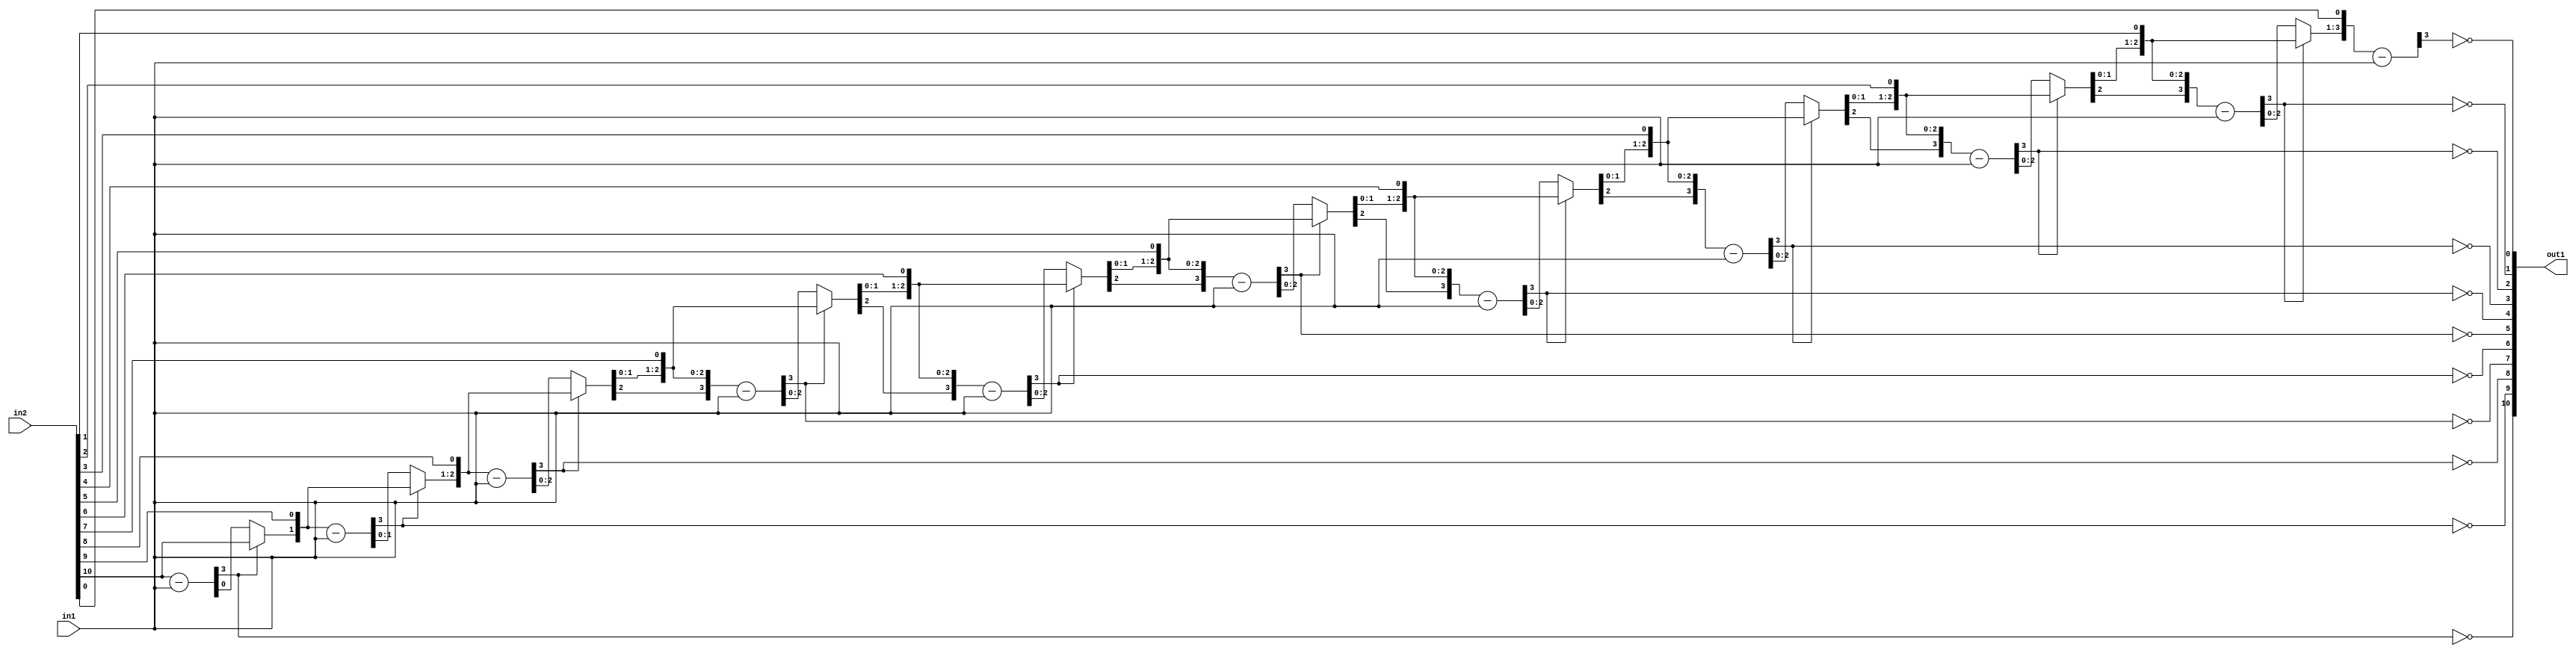
`timescale 1ps / 1ps
/*****************************************************************************
    Verilog RTL Description
    
    
    Created by: Stratus DpOpt 21.05.01 
*******************************************************************************/

module Filter_Div_11Ux3U_11U_4 (
	in2,
	in1,
	out1
	); /* architecture "behavioural" */ 
input [10:0] in2;
input [2:0] in1;
output [10:0] out1;
wire [10:0] asc001_0;
wire [3:0] in2_1;
wire [0:0] in2_2;
wire [3:0] in2_4;
wire [1:0] in2_5;
wire [3:0] in2_7;
wire [2:0] in2_8;
wire [3:0] in2_10,
	in2_11,
	in2_13;
wire [4:0] in2_14;
wire [3:0] in2_16;
wire [5:0] in2_17;
wire [3:0] in2_19;
wire [6:0] in2_20;
wire [3:0] in2_22;
wire [7:0] in2_23;
wire [3:0] in2_25;
wire [8:0] in2_26;
wire [3:0] in2_28;
wire [9:0] in2_29;
wire [10:0] in2_30;
wire [3:0] in2_31;
wire [1:0] in2_3_0,
	in2_3_1;
wire [2:0] in2_6_0,
	in2_6_1;
wire [3:0] in2_9_0,
	in2_9_1;
wire [4:0] in2_12_0,
	in2_12_1;
wire [5:0] in2_15_0,
	in2_15_1;
wire [6:0] in2_18_0,
	in2_18_1;
wire [7:0] in2_21_0,
	in2_21_1;
wire [8:0] in2_24_0,
	in2_24_1;
wire [9:0] in2_27_0,
	in2_27_1;

wire [3:0] in2_1_tmp_0;
assign in2_1_tmp_0 = 
	+(in2[10]);
assign in2_1 = in2_1_tmp_0
	-(in1);

assign asc001_0[10] = ~in2_1[3];

reg [0:0] in2_2_tmp_1;
assign in2_2 = in2_2_tmp_1;
always @ (in2_1[3] or in2_1[0] or in2[10]) begin
	case (in2_1[3])
		1'B0 : in2_2_tmp_1 = in2_1[0] ;
		default : in2_2_tmp_1 = in2[10] ;
	endcase
end

assign in2_3_0 = {in2_2,in2[9]};

assign in2_3_1 = {in2_2,in2[9]};

wire [3:0] in2_4_tmp_2;
assign in2_4_tmp_2 = 
	+(in2_3_1);
assign in2_4 = in2_4_tmp_2
	-(in1);

assign asc001_0[9] = ~in2_4[3];

reg [1:0] in2_5_tmp_3;
assign in2_5 = in2_5_tmp_3;
always @ (in2_4[3] or in2_4[1:0] or in2_3_0) begin
	case (in2_4[3])
		1'B0 : in2_5_tmp_3 = in2_4[1:0] ;
		default : in2_5_tmp_3 = in2_3_0 ;
	endcase
end

assign in2_6_0 = {in2_5,in2[8]};

assign in2_6_1 = {in2_5,in2[8]};

wire [3:0] in2_7_tmp_4;
assign in2_7_tmp_4 = 
	+(in2_6_1);
assign in2_7 = in2_7_tmp_4
	-(in1);

assign asc001_0[8] = ~in2_7[3];

reg [2:0] in2_8_tmp_5;
assign in2_8 = in2_8_tmp_5;
always @ (in2_7[3] or in2_7[2:0] or in2_6_0) begin
	case (in2_7[3])
		1'B0 : in2_8_tmp_5 = in2_7[2:0] ;
		default : in2_8_tmp_5 = in2_6_0 ;
	endcase
end

assign in2_9_0 = {in2_8,in2[7]};

assign in2_9_1 = {in2_8,in2[7]};

wire [3:0] in2_10_tmp_6;
assign in2_10_tmp_6 = 
	+(in2_9_1);
assign in2_10 = in2_10_tmp_6
	-(in1);

assign asc001_0[7] = ~in2_10[3];

reg [3:0] in2_11_tmp_7;
assign in2_11 = in2_11_tmp_7;
always @ (in2_10[3] or in2_10 or in2_9_0) begin
	case (in2_10[3])
		1'B0 : in2_11_tmp_7 = in2_10 ;
		default : in2_11_tmp_7 = in2_9_0 ;
	endcase
end

assign in2_12_0 = {in2_11,in2[6]};

assign in2_12_1 = {in2_11,in2[6]};

wire [3:0] in2_13_tmp_8;
assign in2_13_tmp_8 = 
	+(in2_12_1[3:0]);
assign in2_13 = in2_13_tmp_8
	-(in1);

assign asc001_0[6] = ~in2_13[3];

reg [4:0] in2_14_tmp_9;
assign in2_14 = in2_14_tmp_9;
always @ (in2_13[3] or in2_13 or in2_12_0) begin
	case (in2_13[3])
		1'B0 : in2_14_tmp_9 = in2_13 ;
		default : in2_14_tmp_9 = in2_12_0 ;
	endcase
end

assign in2_15_0 = {in2_14,in2[5]};

assign in2_15_1 = {in2_14,in2[5]};

wire [3:0] in2_16_tmp_10;
assign in2_16_tmp_10 = 
	+(in2_15_1[3:0]);
assign in2_16 = in2_16_tmp_10
	-(in1);

assign asc001_0[5] = ~in2_16[3];

reg [5:0] in2_17_tmp_11;
assign in2_17 = in2_17_tmp_11;
always @ (in2_16[3] or in2_16 or in2_15_0) begin
	case (in2_16[3])
		1'B0 : in2_17_tmp_11 = in2_16 ;
		default : in2_17_tmp_11 = in2_15_0 ;
	endcase
end

assign in2_18_0 = {in2_17,in2[4]};

assign in2_18_1 = {in2_17,in2[4]};

wire [3:0] in2_19_tmp_12;
assign in2_19_tmp_12 = 
	+(in2_18_1[3:0]);
assign in2_19 = in2_19_tmp_12
	-(in1);

assign asc001_0[4] = ~in2_19[3];

reg [6:0] in2_20_tmp_13;
assign in2_20 = in2_20_tmp_13;
always @ (in2_19[3] or in2_19 or in2_18_0) begin
	case (in2_19[3])
		1'B0 : in2_20_tmp_13 = in2_19 ;
		default : in2_20_tmp_13 = in2_18_0 ;
	endcase
end

assign in2_21_0 = {in2_20,in2[3]};

assign in2_21_1 = {in2_20,in2[3]};

wire [3:0] in2_22_tmp_14;
assign in2_22_tmp_14 = 
	+(in2_21_1[3:0]);
assign in2_22 = in2_22_tmp_14
	-(in1);

assign asc001_0[3] = ~in2_22[3];

reg [7:0] in2_23_tmp_15;
assign in2_23 = in2_23_tmp_15;
always @ (in2_22[3] or in2_22 or in2_21_0) begin
	case (in2_22[3])
		1'B0 : in2_23_tmp_15 = in2_22 ;
		default : in2_23_tmp_15 = in2_21_0 ;
	endcase
end

assign in2_24_0 = {in2_23,in2[2]};

assign in2_24_1 = {in2_23,in2[2]};

wire [3:0] in2_25_tmp_16;
assign in2_25_tmp_16 = 
	+(in2_24_1[3:0]);
assign in2_25 = in2_25_tmp_16
	-(in1);

assign asc001_0[2] = ~in2_25[3];

reg [8:0] in2_26_tmp_17;
assign in2_26 = in2_26_tmp_17;
always @ (in2_25[3] or in2_25 or in2_24_0) begin
	case (in2_25[3])
		1'B0 : in2_26_tmp_17 = in2_25 ;
		default : in2_26_tmp_17 = in2_24_0 ;
	endcase
end

assign in2_27_0 = {in2_26,in2[1]};

assign in2_27_1 = {in2_26,in2[1]};

wire [3:0] in2_28_tmp_18;
assign in2_28_tmp_18 = 
	+(in2_27_1[3:0]);
assign in2_28 = in2_28_tmp_18
	-(in1);

assign asc001_0[1] = ~in2_28[3];

reg [9:0] in2_29_tmp_19;
assign in2_29 = in2_29_tmp_19;
always @ (in2_28[3] or in2_28 or in2_27_0) begin
	case (in2_28[3])
		1'B0 : in2_29_tmp_19 = in2_28 ;
		default : in2_29_tmp_19 = in2_27_0 ;
	endcase
end

assign in2_30 = {in2_29,in2[0]};

wire [3:0] in2_31_tmp_20;
assign in2_31_tmp_20 = 
	+(in2_30[3:0]);
assign in2_31 = in2_31_tmp_20
	-(in1);

assign asc001_0[0] = ~in2_31[3];

assign out1 = asc001_0;
endmodule

/* CADENCE  vrT0Tg/Z : u9/ySxbfrwZIxEzHVQQV8Q== ** DO NOT EDIT THIS LINE ******/